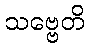
သဗ္ဗေတိ